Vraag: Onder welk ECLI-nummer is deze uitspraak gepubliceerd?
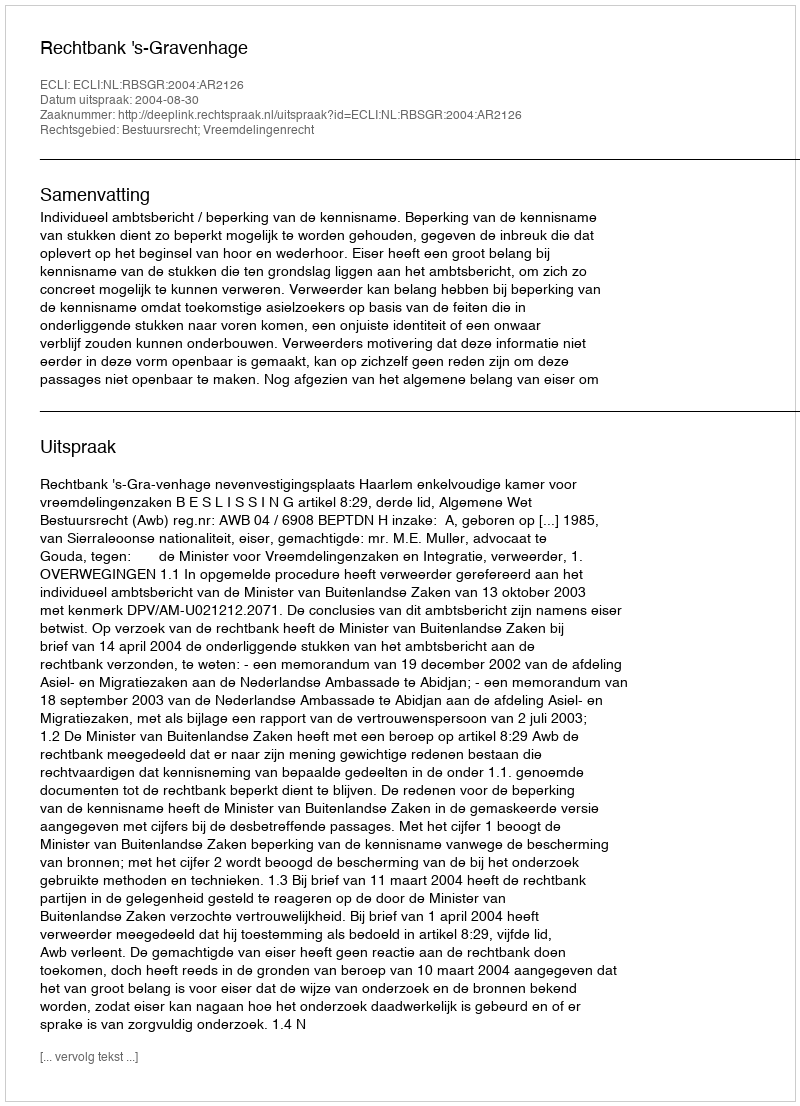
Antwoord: ECLI:NL:RBSGR:2004:AR2126